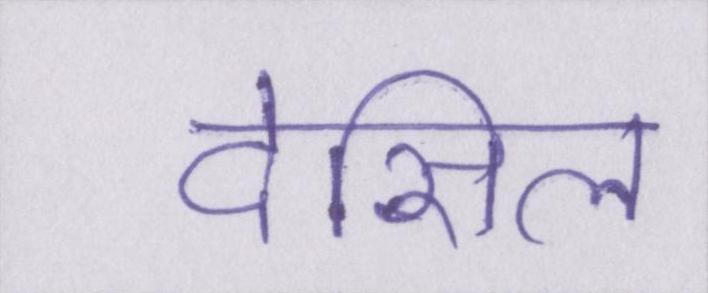
देसिल